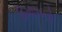
દિમાગનો